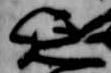
延